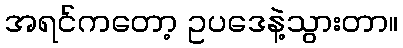
အရင်ကတော့ ဥပဒေနဲ့သွားတာ။